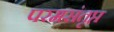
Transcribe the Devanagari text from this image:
परमसंतृप्त